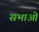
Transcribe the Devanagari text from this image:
सभाओ